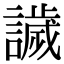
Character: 𧬨